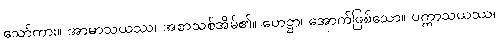
သော်ကား။ အာမာသယဿ၊ အစာသစ်အိမ်၏။ ဟေဋ္ဌာ၊ အောက်ဖြစ်သော။ ပက္ကာသယဿ၊